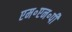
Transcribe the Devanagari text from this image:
एम॰एन॰पी